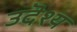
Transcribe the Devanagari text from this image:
उदॆश्य